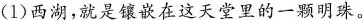
(1)西湖，就是镶嵌在这天堂里的一颗明珠。